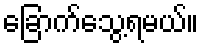
ခြောက်သွေ့ရမယ်။